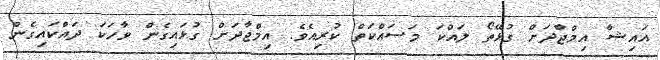
އައިޝާ އިމްޖާދަށް ގުޅޭތޯ ލައްކަ މަސައްކަތް ކުރިއެވެ. އިމްޖާދަށް ގުޅައިގެން ވާހަކަ ދައްކައިގެން